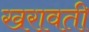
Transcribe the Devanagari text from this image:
खरावती